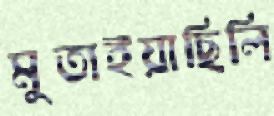
মুতাইয়াছিলি